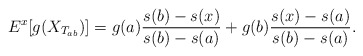
\begin{align*}E^x[g(X_{T_{ab}})]= g(a)\frac{s(b)-s(x)}{s(b)-s(a)}+ g(b)\frac{s(x)-s(a)}{s(b)-s(a)}.\end{align*}